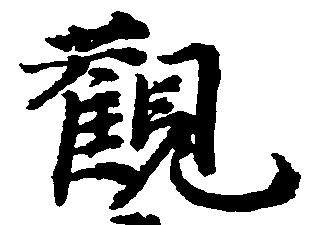
観